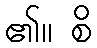
၏။ စိ